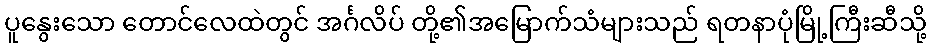
ပူနွေးသော တောင်လေထဲတွင် အင်္ဂလိပ် တို့၏အမြောက်သံများသည် ရတနာပုံမြို့ကြီးဆီသို့